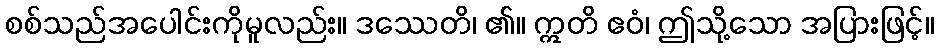
စစ်သည်အပေါင်းကိုမူလည်း။ ဒဿေတိ၊ ၏။ ဣတိ ဧဝံ၊ ဤသို့သော အပြားဖြင့်။